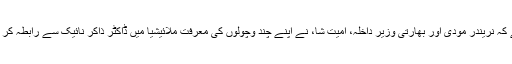
مفصل خبر میں بتایا گیا ہے کہ نریندر مودی اور بھارتی وزیر داخلہ، امیت شا، نے اپنے چند وچولوں کی معرفت ملائیشیا میں ڈاکٹر ذاکر نائیک سے رابطہ کر کے کئی خفیہ ملاقاتیں کیں۔